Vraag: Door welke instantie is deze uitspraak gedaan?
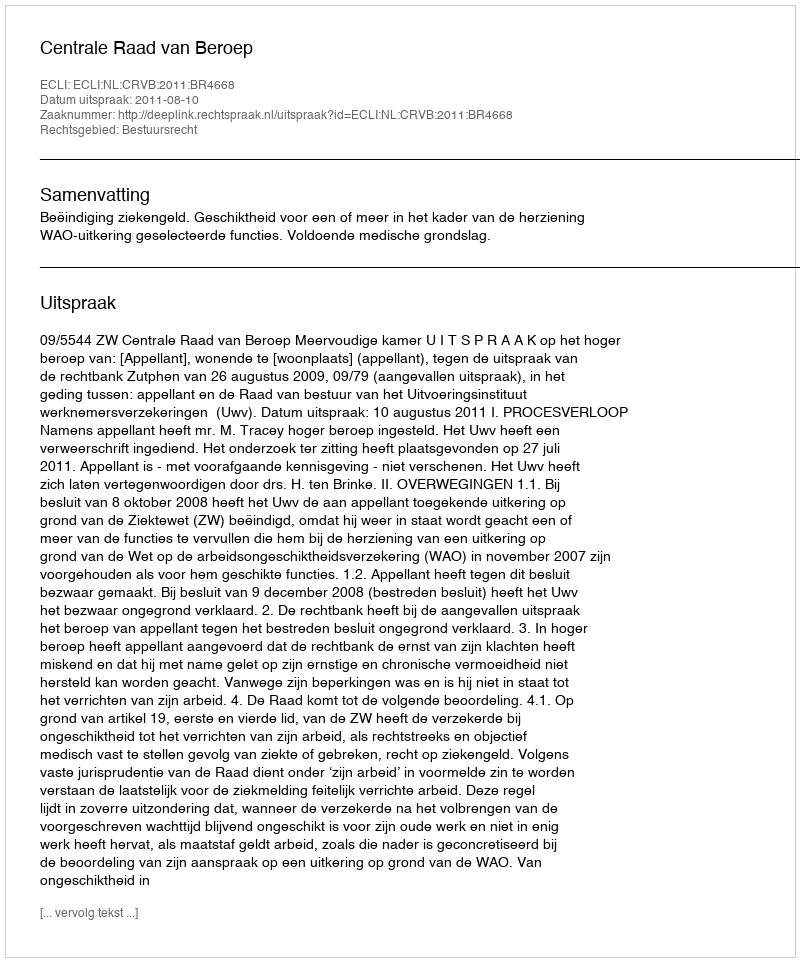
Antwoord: Centrale Raad van Beroep